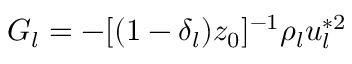
G _ { l } = - [ ( 1 - \delta _ { l } ) z _ { 0 } ] ^ { - 1 } \rho _ { l } u _ { l } ^ { * 2 }